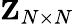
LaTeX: {\mathbf{Z}}_{N\times N}